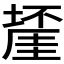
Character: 𱗴